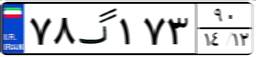
۷۸گ۱۷۳۹۰